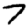
Digit: 7